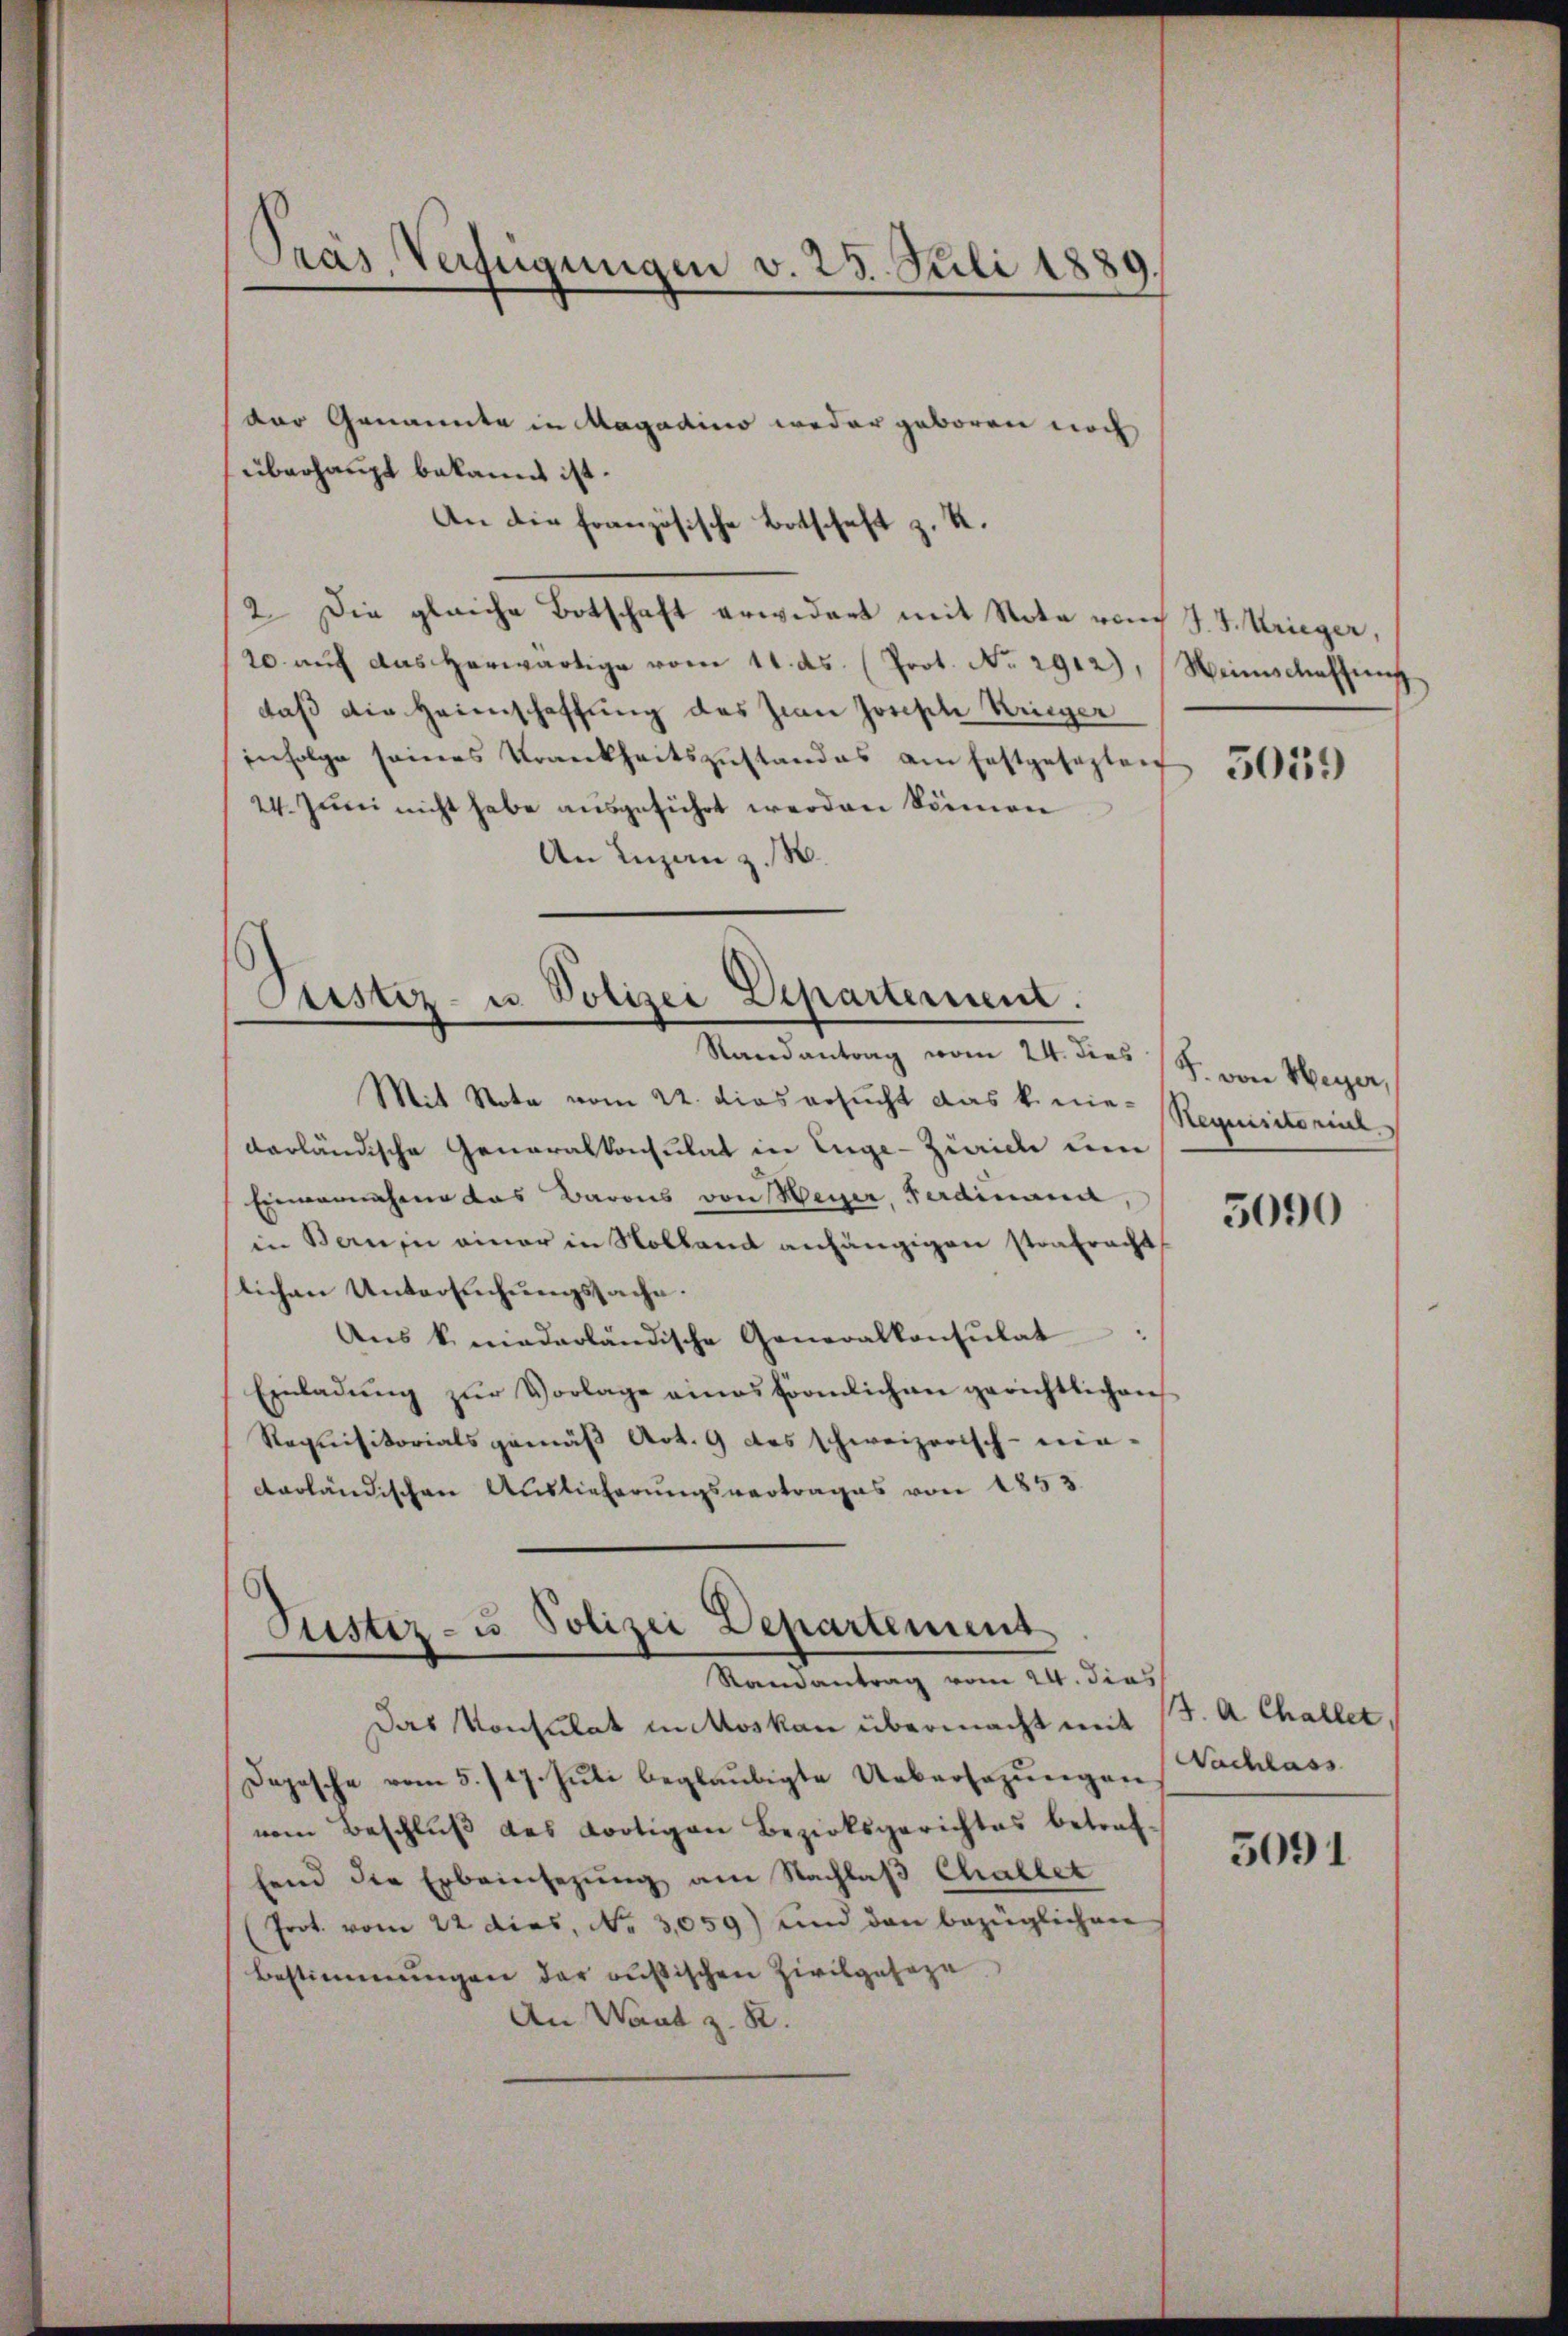
dor Genannte in Magadino weder geboren noch
überhaupt bekannt ist.
An die französische Botschaft z. K.
2 Die gleiche Botschaft erwidert mit Note von J. V. Krieger,
20. aŭf das herwärtige vom 11. ds. (Prot. No. 2912), Weinschaffung
daß die Heimschaffung des Jean Joseph Krieger
infolge seines Krankheitszustandes am Erstgesezten
24. Juni nicht habe ausgeführt werden können
An Ingan z. B.

Präs. Verfügungen v. 25. Juli 1889.

Justiz- u Polizei Departerient.
Randantrag vom 24. dies (S. von Meyer,
Mit Nota vom 22. dies ersucht das k. wie- Requistorial

darländische Generalkonsulat in Enge-Ziaide um
Einmannahme das Barons von Meyer, Ferdinand
in Banin einer in Nolland anhängigen strafracht
lichen Untersuchungssache.
Aus k. niederländische Generalkonsulat
Einladŭng zŭr Vorlage eines förmlichen gerichtlichen
Requisitorials gemäß Art. 9 das schweizerisch-nie-
darländischen Auslieferungsvertrages von 1853

Justiz- u Polizei Departement
Randantrag vom 24. dies

Das Konsulat in Moskau übermacht mit
Depesche vom 5. 717. Jŭli beglaŭbigte Uebersezŭngen
vom Beschlŭβ des dortigen Bezirksgerichtes betref-
fend die Erbeinsezung am Nachlaß Challet
Prot. vom 22 dies, No. 3059) und den bezüglichen
Bestimmungen der russischen Zivilgeseze
An Want z. R.

5059

5090

J. A. Challet,
Nachlass

5091